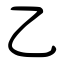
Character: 乙